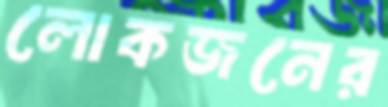
লোকজনের